Civil Veterinary Dept. Assam report 1927-50 - 1927-1950
Year: 1927
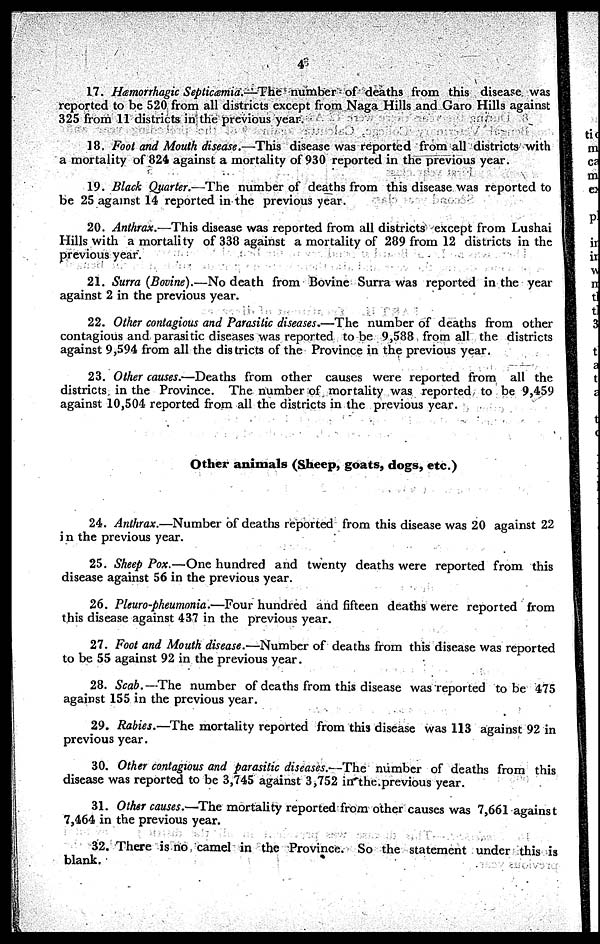
4
17. Hæmorrhagic Septicæmia.—The number of deaths from this disease was
reported to be 520 from all districts except from Naga Hills and Garo Hills against
325 from 11 districts in the previous year.
18. Foot and Mouth disease.—This disease was reported from all districts with
a mortality of 824 against a mortality of 930 reported in the previous year.
19. Black Quarter.—The number of deaths from this disease was reported to
be 25 against 14 reported in the previous year.
20. Anthrax.—This disease was reported from all districts except from Lushai
Hills with a mortality of 338 against a mortality of 289 from 12 districts in the
previous year.
21. Surra (Bovine).—No death from Bovine Surra was reported in the year
against 2 in the previous year.
22. Other contagious and Parasitic diseases.—The number of deaths from other
contagious and parasitic diseases was reported to be 9,588 from all the districts
against 9,594 from all the districts of the Province in the previous year.
23. Other causes.—Deaths from other causes were reported from all the
districts in the Province. The number of mortality was reported to be 9,459
against 10,504 reported from all the districts in the previous year.
Other animals (Sheep, goats, dogs, etc.)
24. Anthrax.—Number of deaths reported from this disease was 20 against 22
in the previous year.
25. Sheep Pox.—One hundred and twenty deaths were reported from this
disease against 56 in the previous year.
26. Pleuro-pheumonia.—Four hundred and fifteen deaths were reported from
this disease against 437 in the previous year.
27. Foot and Mouth disease.—Number of deaths from this disease was reported
to be 55 against 92 in the previous year.
28. Scab.—The number of deaths from this disease was reported to be 475
against 155 in the previous year.
29. Rabies.—The mortality reported from this disease was 113 against 92 in
previous year.
30. Other contagious and parasitic diseases.—The number of deaths from this
disease was reported to be 3,745 against 3,752 in the previous year.
31. Other causes.—The mortality reported from other causes was 7,661 against
7,464 in the previous year.
32. There is no camel in the Province. So the statement under this is
blank.